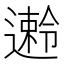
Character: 𫑅